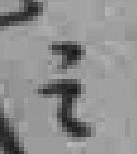
之